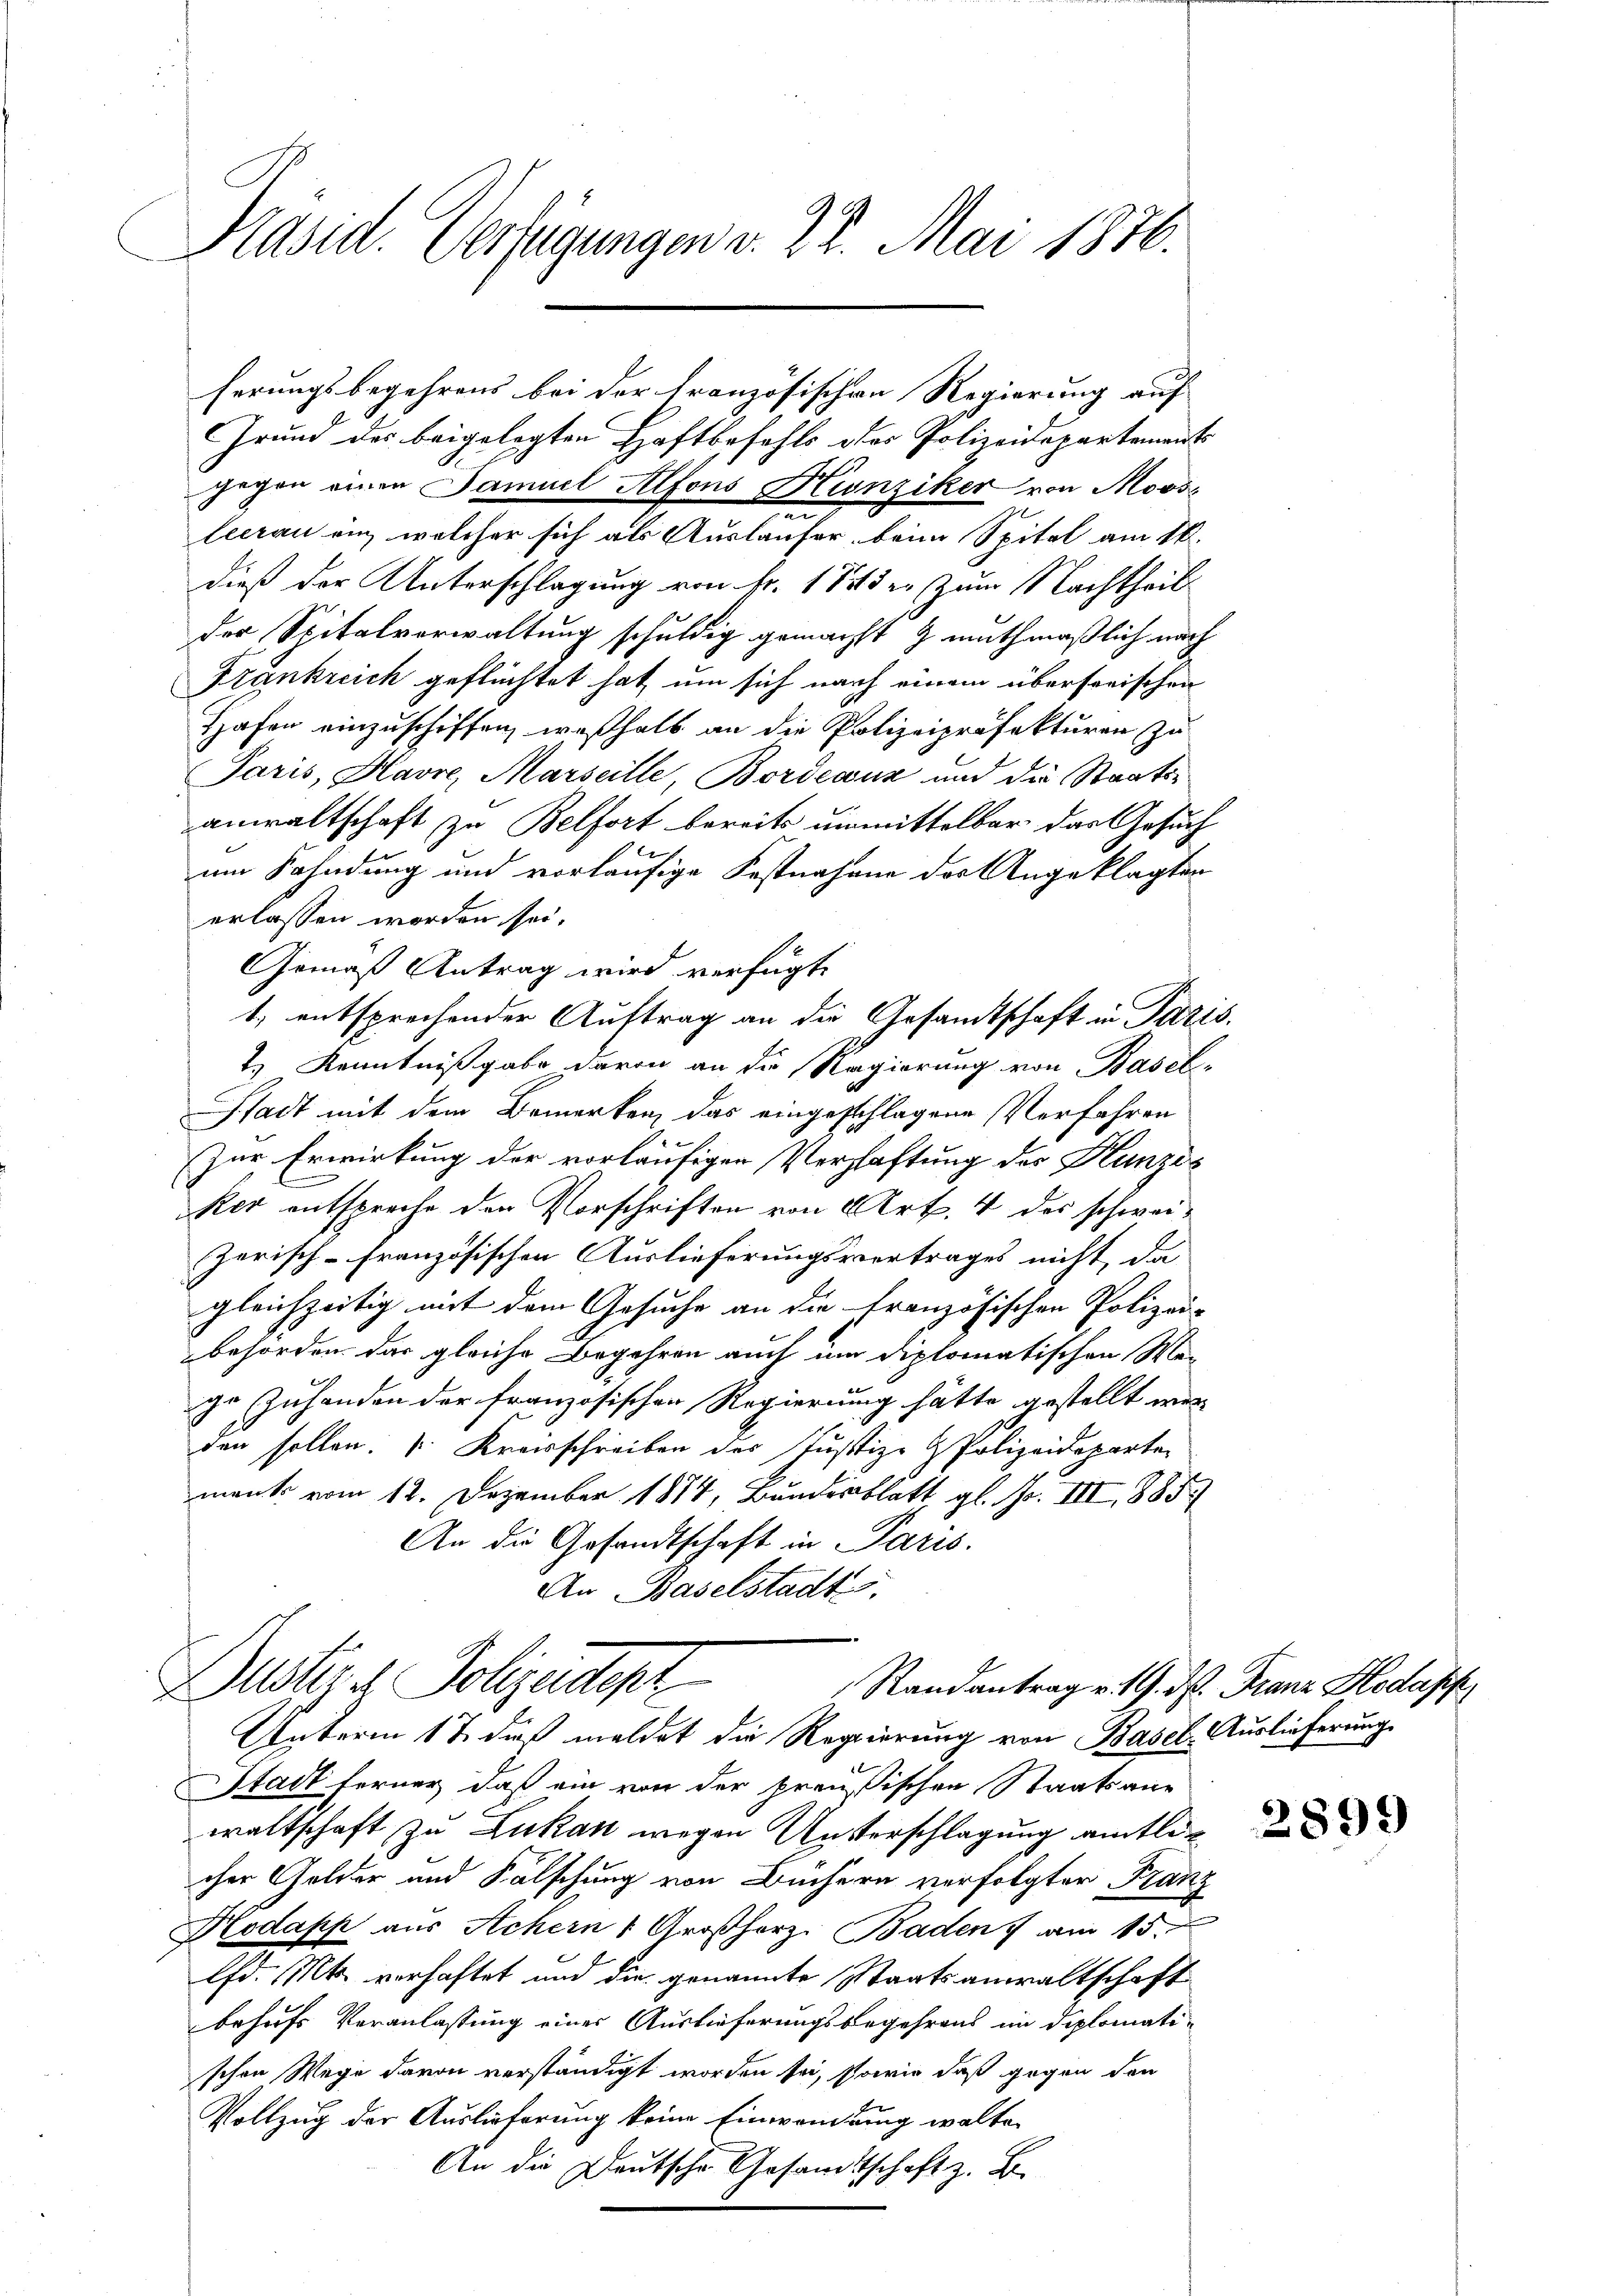
Präsid. Verfügungen v. 22. Mai 1876.

ferungsbegehrens bei der Französischen Regierung auf
Grund des beigelegten Haftbefehls des Polizeidepartements
gegen einen Samuel Alfons Kunziker von Moose
leerau an, welcher sich als Ausläufer beim Spital am 18.
dieß der Unterschlagung von fr. 18 der zum Nachtheil
der Spitalverwaltung schuldig gemacht & muthmaßlich nach
Frankreich geflüchtet hat, um sich nach einem übersorischen
Hafen einzuschiffen, weßhalb an die Polizeipräfekturen zu
Paris, Havre, Marseille, Bordeaux und die Staats-
anwaltschaft zu Belfort bereits unmittelbar das Gesuch
ch
um Fahndung und vorläufige Festnahme des Angeklagten
erlassen worden sei.
Gemäß Antrag wird verfügt
1, entsprechender Auftrag an die Gesandtschaft in Paris.
2.) Kenntnißgabe davon an die Regierung von Basel-
Stadt mit dem Bemerken, das eingeschlagene Verfahren
Zur Erwirkung der vorläufigen Verschaftung des Hunzis
ker entspreche den Vorschriften von Art. 4 des schwei-
zerisch-Französischen Auslieferungsvertrages nicht, da
gleichzeitig mit dem Gesuche an die französischen Polizei-
behörden das gleiche Begehren auch um diplomatischen Moge Zuhanden der französischen Regierung hätte gestellt werden sollen.  Kreisschreiben des Justiz- & Polizeideparten
ment vom 12. Dezember 1884, Bundesblatt gl. No. III 885.
An die Gesandtschaft in Paris.
An Baselstadts.
Suster Polizeidept
Randantrag v. 19. ds. Franz Hodapp.
Unterm 12. dieß meldet die Regierung von Basel, Auslieferung
Stadt ferner, daß ein von der preußischen Staatsane
waltschaft zu Lukan wegen Unterschlagung amtlicher Gelder und Fälschung von Büchern verfolgter Franz
Kodapp aus Achern 1 Großherz. Baden am 15.
lfd. Mts. verhaftet und die genannte Staatsanwaltschaft
behufs Veranlassung eines Auslieferungsbegehrens im Diplomatischen Wege davon verständigt worden sei, sowie daß gegen den
Vollzug der Auslieferung keine Einwandlung walte
An die Deutsche Gesandtschaft z. B.

2899